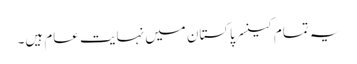
یہ تمام کینسر پاکستان میں نہایت عام ہیں۔